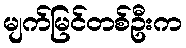
မျက်မြင်တစ်ဦးက